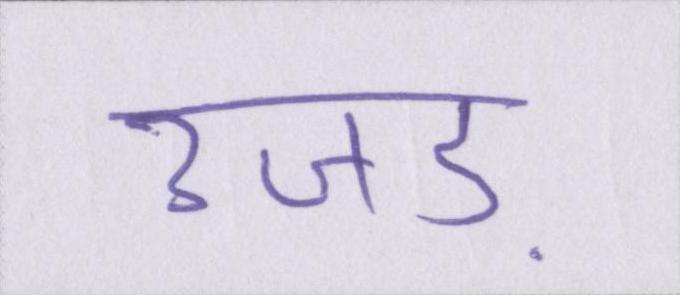
उजड़